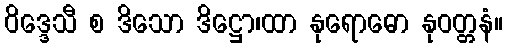
ဝိဒ္ဒေသီ စ ဒိသော ဒိဋ္ဌော၊ထာ နုရောဓော နုဝတ္တနံ။